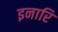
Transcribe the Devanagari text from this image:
इनारि